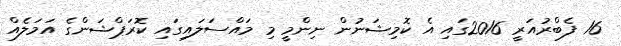
16 ފެބްރުއަރީ 2016ގައި އެ ކޮމިޝަނުން ނިންމީ މި މައްސަލައިގައި ކޮރަޕްޝަންގެ އަމަލެއް